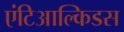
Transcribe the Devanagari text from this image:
एंटिआल्किडस